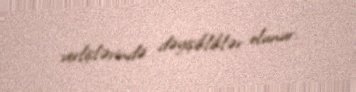
verlişlərində dəyişikliklər olunur.